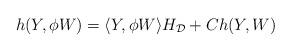
LaTeX: \begin{align*}h(Y,\phi W)=\langle Y,\phi W\rangle H_{\mathcal{D}}+Ch(Y,W)\end{align*}